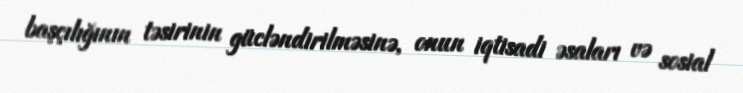
başçılığının təsirinin gücləndirilməsinə, onun iqtisadi əsaları və sosial